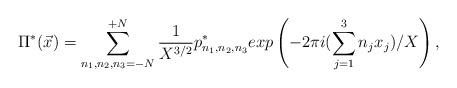
LaTeX: \begin{align*}\Pi^{*}({\vec x}) = \sum_{n_1,n_2,n_3=-N}^{+N} \frac{1}{X^{3/2}}p^*_{n_1,n_2,n_3}exp\left(-2\pi i (\sum_{j=1}^{3} n_j x_j)/X \right),\end{align*}